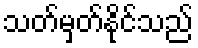
သတ်မှတ်နိုင်သည်